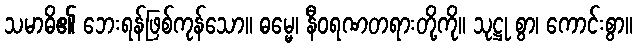
သမာဓိ၏ ဘေးရန်ဖြစ်ကုန်သော။ ဓမ္မေ၊ နီဝရဏတရားတို့ကို။ သုဋ္ဌု စွာ၊ ကောင်းစွာ။